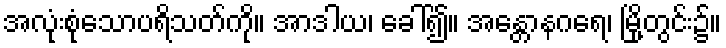
အလုံးစုံသောပရိသတ်ကို။ အာဒါယ၊ ခေါ်၍။ အန္တောနဂရေ၊ မြို့တွင်း၌။